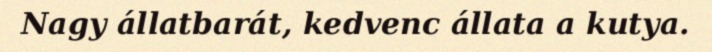
Nagy állatbarát, kedvenc állata a kutya.